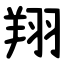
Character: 翔